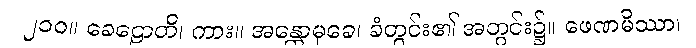
၂၁၀။ ခေဠောတိ၊ ကား။ အန္တောမုခေ၊ ခံတွင်း၏ အတွင်း၌။ ဖေဏမိဿာ၊